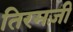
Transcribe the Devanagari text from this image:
तिरमज़ी